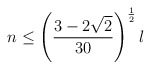
\begin{align*}n \le \left({3-2\sqrt{2} \over 30} \right)^{1\over 2}l\end{align*}